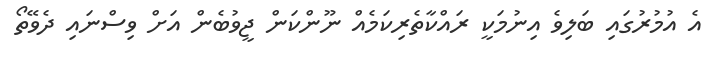
އެ އުމުރުގައި ބަލިވެ އިނުމަކީ ރައްކާތެރިކަމެއް ނޫންކަން ޖީވުބެން އަށް ވިސްނައި ދެވޭތޯ